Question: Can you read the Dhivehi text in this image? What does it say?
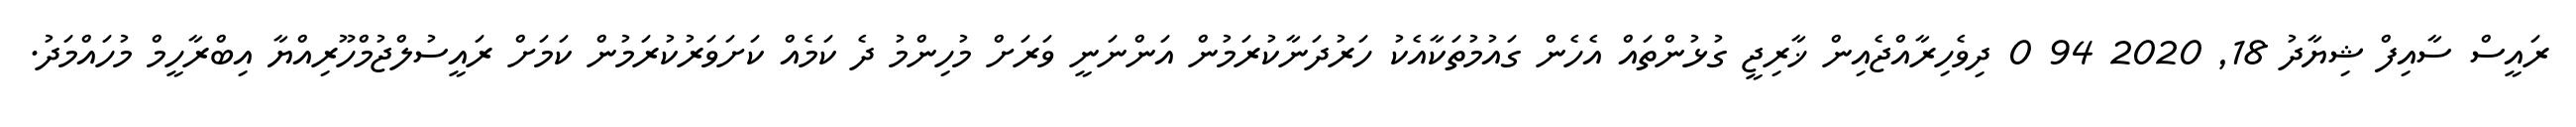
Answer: ރައީސް ސާއިފް ޝިޔާދު 18, 2020 94 0 ދިވެހިރާއްޖެއިން ޚާރިޖީ ގުޅުންތައް އެހެން ގައުމުތަކާއެކު ހަރުދަނާކުރަމުން އަންނަނީ ވަރަށް މުހިންމު ދެ ކަމެއް ކަށަވަރުކުރަމުން ކަމަށް ރައީސުލްޖުމްހޫރިއްޔާ އިބްރާހީމް މުހައްމަދު.